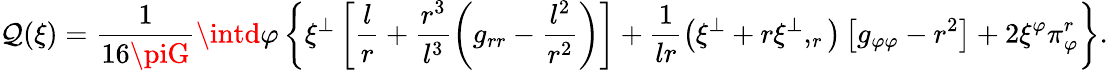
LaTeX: \mathcal{Q}(\xi)=\frac{{1}}{{16\piG}}\intd\varphi\left\{ \xi^{\perp}\left[\frac{{l}}{{r}}+\frac{{r^{3}}}{{l^{3}}}\left(g_{rr}-\frac{{l^{2}}}{{r^{2}}}\right)\right]+\frac{{1}}{{lr}}\left(\xi^{\perp}+r\xi^{\perp},_{r}\right)\left[g_{\varphi\varphi}-r^{2}\right]+2\xi^{\varphi}\pi_{\varphi}^{r}\right\} .